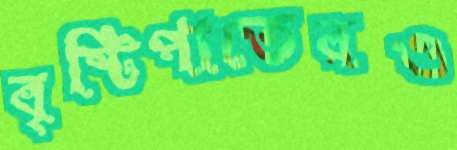
বৃষ্টিপাতেরও